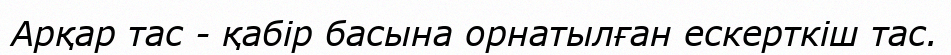
Арқар тас - қабір басына орнатылған ескерткіш тас.